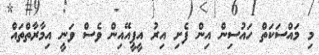
މި މައްސަކަތް ހައުސިން އިން ފެށި އިރު އީޕީއޭއިން ވެސް ވަނީ އިމާރާތްތައް